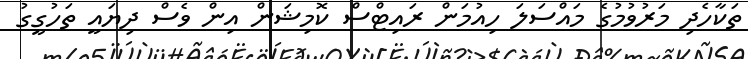
ތަކާހެދި މަރުވުމުގެ މައްސަލަ ހިއުމަން ރައިޓްސް ކޮމިޝަން އިން ވެސް ދިޔައީ ތަހުގީގު